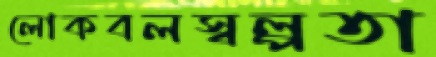
লোকবলস্বল্পতা